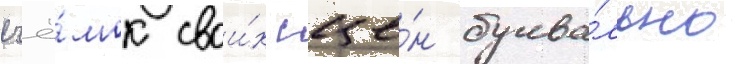
съё́мок свои́х сце́н буква́льно